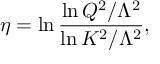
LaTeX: \eta = \ln { \frac { \ln Q ^ { 2 } / \Lambda ^ { 2 } } { \ln K ^ { 2 } / \Lambda ^ { 2 } } } ,